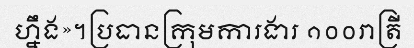
ហ្នឹង»។ប្រធានក្រុមការងារ ១០០រាត្រី